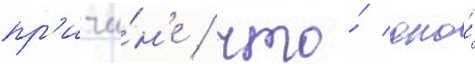
пр'ичи́н'е / что́ оно́